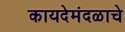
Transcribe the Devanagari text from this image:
कायदेमंदळाचे